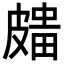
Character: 𥀒